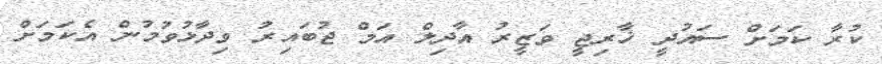
ކުރާ ކަމަށް ސައުދީ ޚާރިޖީ ވަޒީރު އާދިލް އަމް ޖުބައިރު ވިދާޅުވުމުން އެކަމަށް